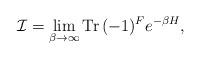
LaTeX: \begin{align*}{\cal I}=\lim_{\beta\rightarrow \infty}{\rm Tr}\,(-1)^Fe^{-\beta H},\end{align*}